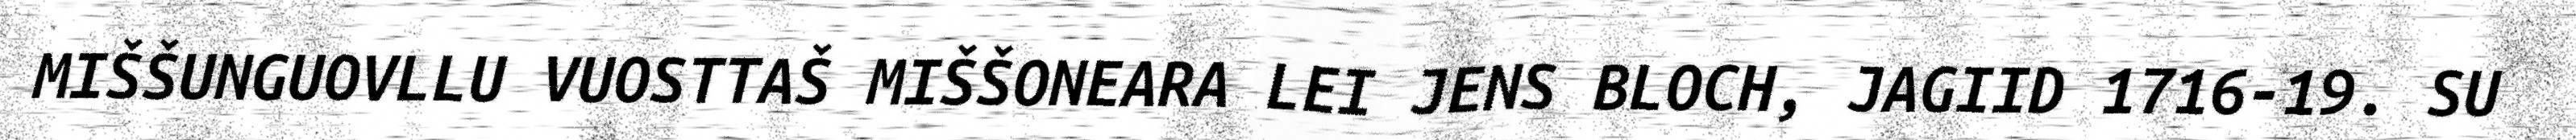
MIŠŠUNGUOVLLU VUOSTTAŠ MIŠŠONEARA LEI JENS BLOCH, JAGIID 1716-19. SU